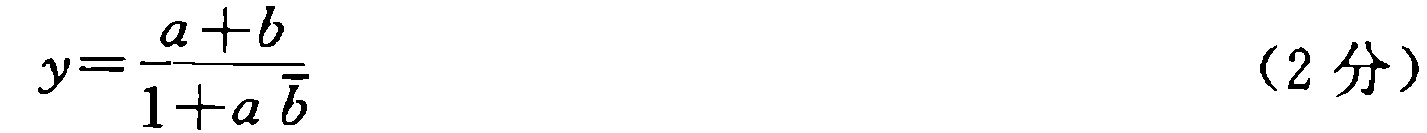
\[y=\frac{a + b}{1 + a \bar{b}}\] （2分）